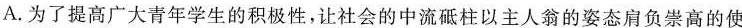
A.为了提高广大青年学生的积极性，让社会的中流砥柱以主人翁的姿态肩负崇高的使